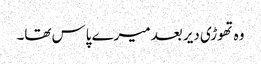
وہ تھوڑی دیر بعد میرے پاس تھا۔